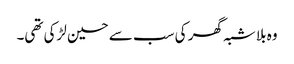
وہ بلا شبہ گھر کی سب سے حسین لڑکی تھی۔